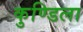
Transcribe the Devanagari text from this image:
कुण्डिला